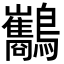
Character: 𪈥